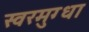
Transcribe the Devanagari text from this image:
स्वरमुग्धा